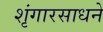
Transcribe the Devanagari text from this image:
शृंगारसाधने